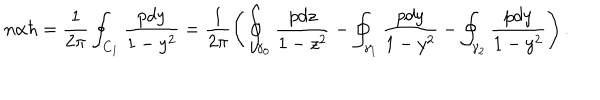
n \alpha \hbar = \frac { 1 } { 2 \pi } \oint _ { C _ { 1 } } \frac { p d y } { 1 - y ^ { 2 } } = \frac { 1 } { 2 \pi } \left( \oint _ { \gamma _ { 0 } } \frac { p d z } { 1 - z ^ { 2 } } - \oint _ { \gamma _ { 1 } } \frac { p d y } { 1 - y ^ { 2 } } - \oint _ { \gamma _ { 2 } } \frac { p d y } { 1 - y ^ { 2 } } \right) .